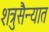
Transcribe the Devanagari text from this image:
शत्रुसैन्यात